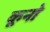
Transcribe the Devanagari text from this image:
कूनो